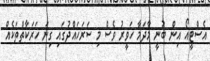
އެސްޓީއޯ އިން ބުނީ މާދަމާ ހަވީރު ވެސް މި ސަރަހައްދުގައި ގިނަ ހަރަކާތްތަކެއް